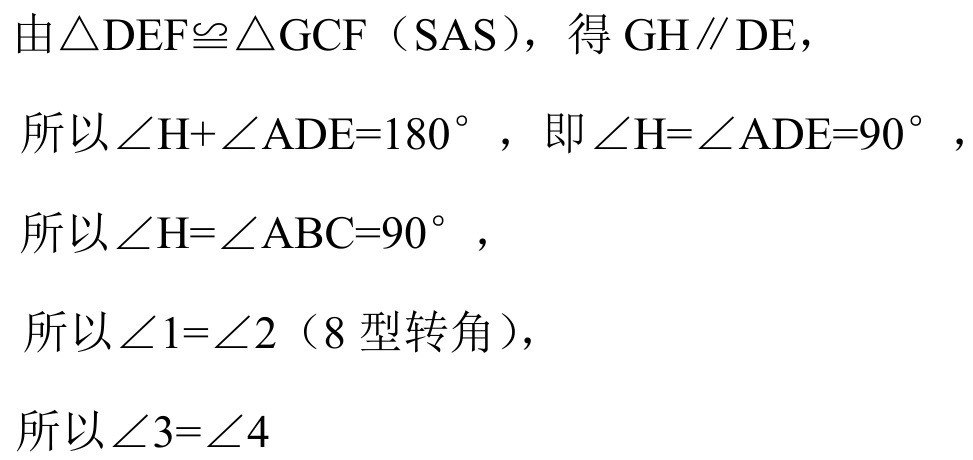
由\(\triangle DEF\cong\triangle GCF\)（SAS），得 \(GH\parallel DE\)，
所以\(\angle H + \angle ADE = 180^{\circ}\)，即\(\angle H=\angle ADE = 90^{\circ}\)，
所以\(\angle H=\angle ABC = 90^{\circ}\)，
所以\(\angle 1=\angle 2\)（8型转角），
所以\(\angle 3=\angle 4\)